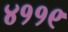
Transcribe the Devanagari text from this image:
४११९